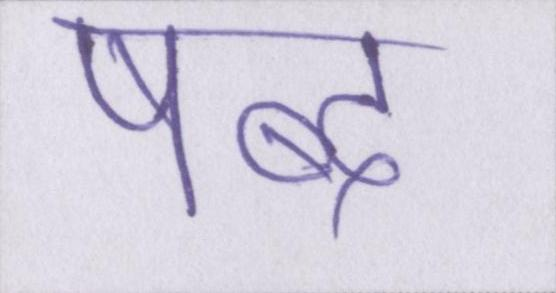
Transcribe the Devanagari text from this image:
षब्द